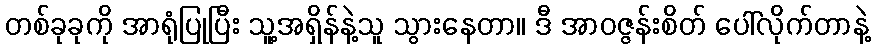
တစ်ခုခုကို အာရုံပြုပြီး သူ့အရှိန်နဲ့သူ သွားနေတာ။ ဒီ အာဝဇ္ဇန်းစိတ် ပေါ်လိုက်တာနဲ့